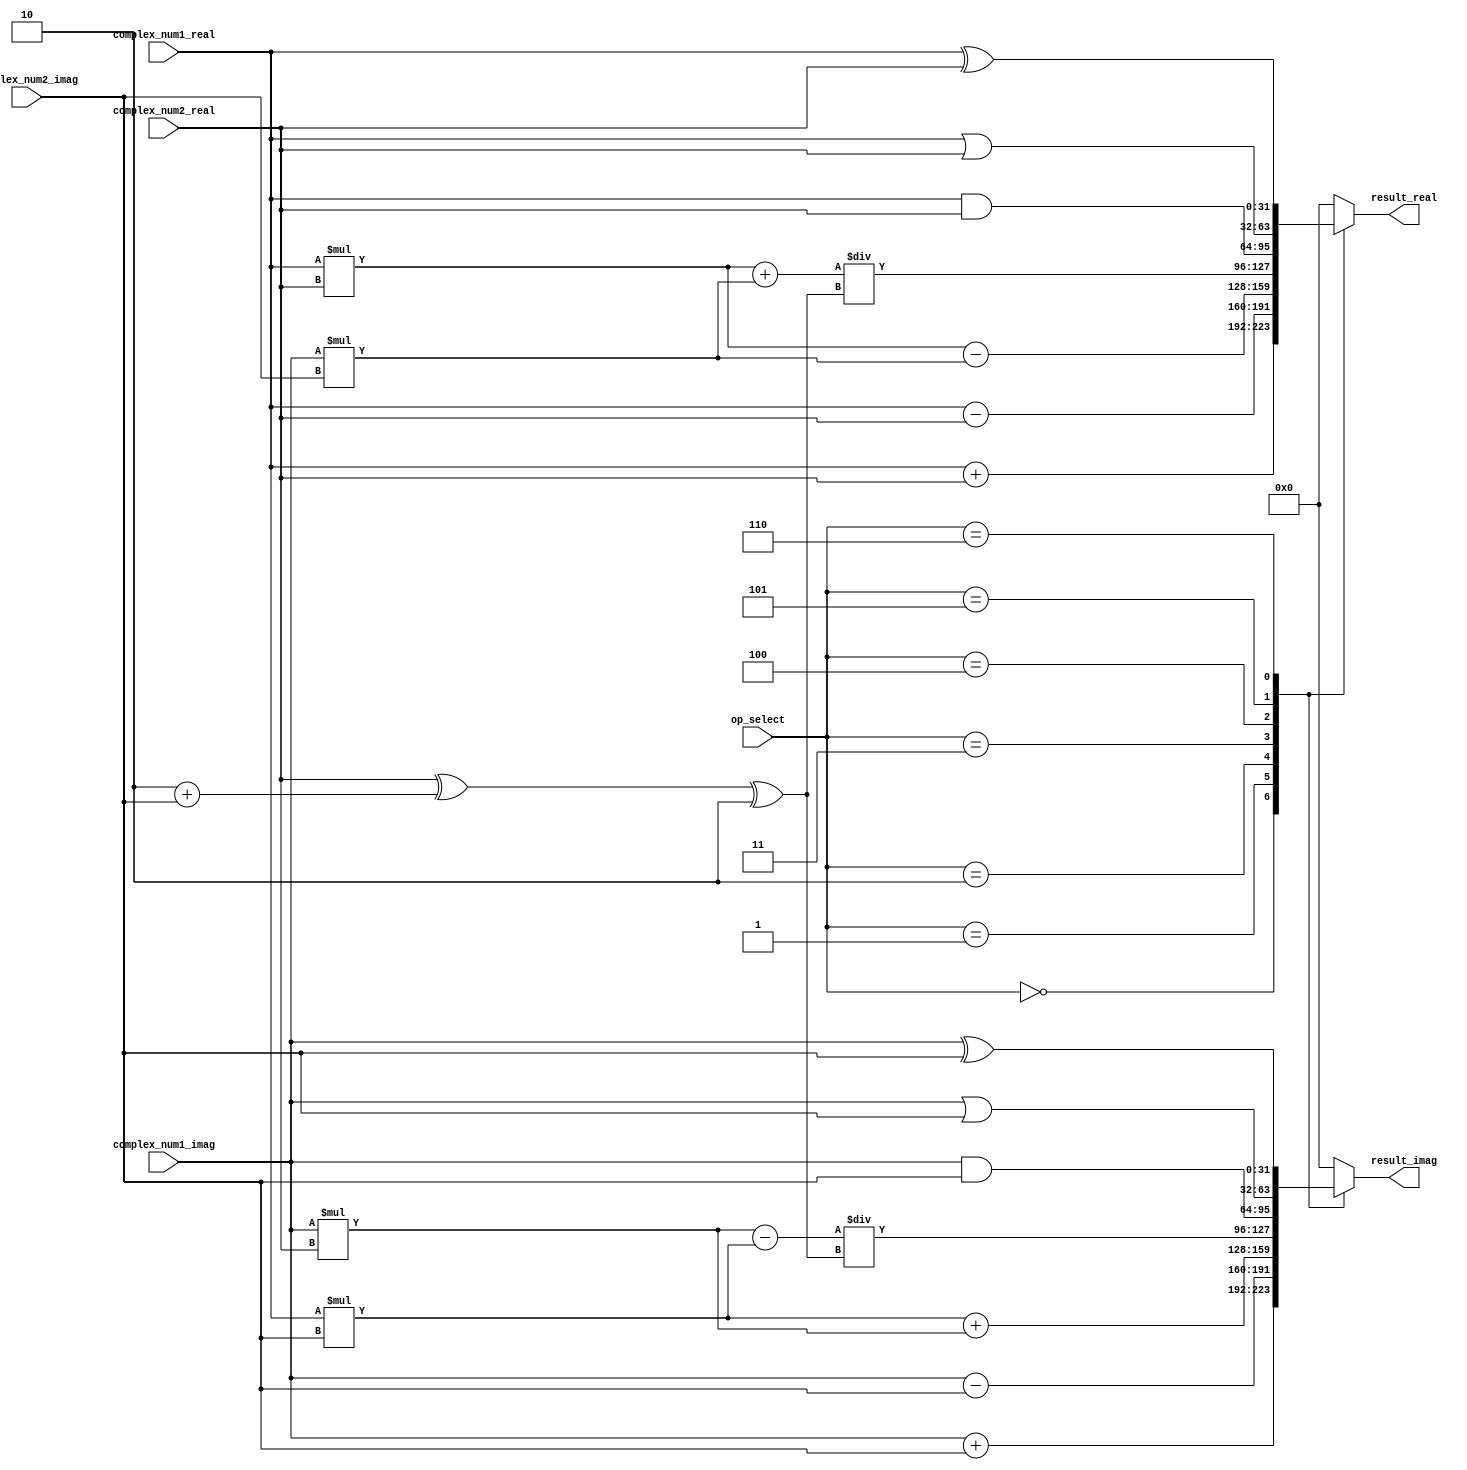
module Complex_ALU (
    input wire [31:0] complex_num1_real,
    input wire [31:0] complex_num1_imag,
    input wire [31:0] complex_num2_real,
    input wire [31:0] complex_num2_imag,
    input wire [2:0] op_select, // Operation select: 000=add, 001=sub, 010=mul, 011=div, 100=and, 101=or, 110=xor
    output reg [31:0] result_real,
    output reg [31:0] result_imag
);

reg [31:0] temp_real;
reg [31:0] temp_imag;

always @(*)
begin
    case(op_select)
        3'b000: 
        begin
            temp_real = complex_num1_real + complex_num2_real;
            temp_imag = complex_num1_imag + complex_num2_imag;
        end
        3'b001: 
        begin
            temp_real = complex_num1_real - complex_num2_real;
            temp_imag = complex_num1_imag - complex_num2_imag;
        end
        3'b010: 
        begin
            temp_real = complex_num1_real * complex_num2_real - complex_num1_imag * complex_num2_imag;
            temp_imag = complex_num1_real * complex_num2_imag + complex_num1_imag * complex_num2_real;
        end
        3'b011: 
        begin
            temp_real = (complex_num1_real * complex_num2_real + complex_num1_imag * complex_num2_imag) / (complex_num2_real^2 + complex_num2_imag^2);
            temp_imag = (complex_num1_imag * complex_num2_real - complex_num1_real * complex_num2_imag) / (complex_num2_real^2 + complex_num2_imag^2);
        end
        3'b100: 
        begin
            temp_real = complex_num1_real & complex_num2_real;
            temp_imag = complex_num1_imag & complex_num2_imag;
        end
        3'b101: 
        begin
            temp_real = complex_num1_real | complex_num2_real;
            temp_imag = complex_num1_imag | complex_num2_imag;
        end
        3'b110: 
        begin
            temp_real = complex_num1_real ^ complex_num2_real;
            temp_imag = complex_num1_imag ^ complex_num2_imag;
        end
        default:
        begin
            temp_real = 32'd0;
            temp_imag = 32'd0;
        end
    endcase
end

always @(*)
begin
    result_real = temp_real;
    result_imag = temp_imag;
end

endmodule